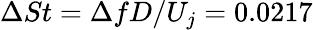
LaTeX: \Delta St=\Delta fD/U_{j}=0.0217